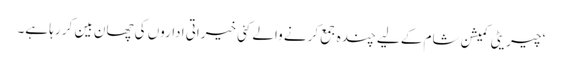
‘ چیریٹی کمیشن شام کے لیے چندہ جمع کرنے والے کئی خیراتی اداروں کی چھان بین کر رہا ہے۔